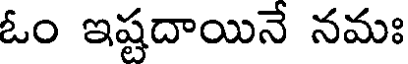
ఓం ఇష్టదాయినే నమః